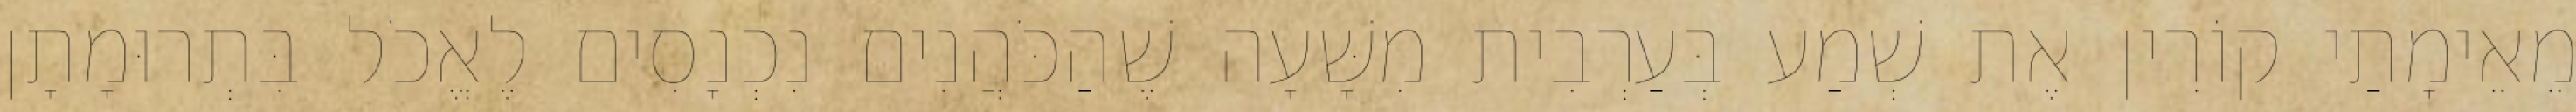
מֵאֵימָתַי קוֹרִין אֶת שְׁמַע בְּעַרְבִית מִשָּׁעָה שֶׁהַכֹּהֲנִים נִכְנָסִים לֶאֱכֹל בִּתְרוּמָתָן